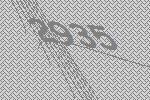
2935